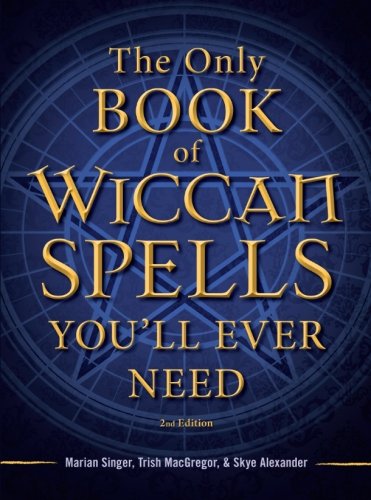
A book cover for The Only Book of Wiccan Spells You'll Ever Need (The Only Book You'll Ever Need); Marian Singer; Religion & Spirituality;